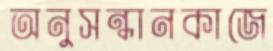
অনুসন্ধানকাজে